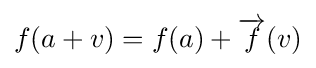
f(a+v)=f(a)+{\overrightarrow {f}}(v)